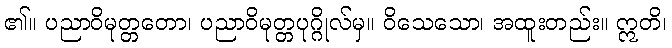
၏။ ပညာဝိမုတ္တတော၊ ပညာဝိမုတ္တပုဂ္ဂိုလ်မှ။ ဝိသေသော၊ အထူးတည်း။ ဣတိ၊